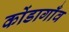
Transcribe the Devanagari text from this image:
कोंडागाँव